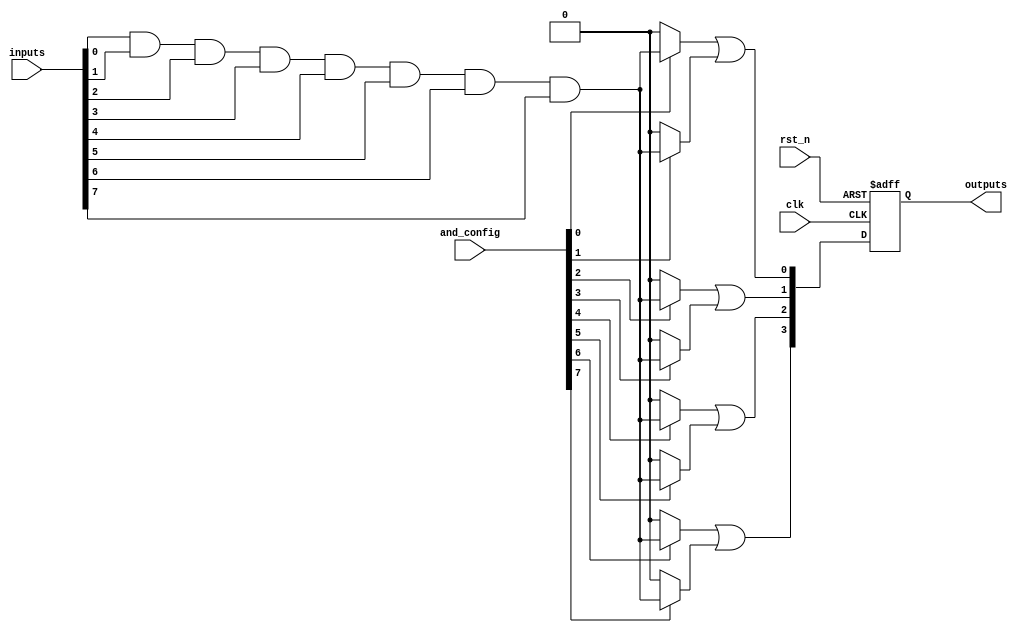
module RPAL #(
    parameter NUM_INPUTS = 8,        // Number of inputs
    parameter NUM_OUTPUTS = 4,       // Number of outputs
    parameter NUM_PRODUCT_TERMS = 8   // Number of product terms in the AND plane
)(
    input wire clk,                   // Clock signal
    input wire rst_n,                 // Asynchronous reset (active low)
    input wire [NUM_INPUTS-1:0] inputs, // Input signals
    input wire [NUM_PRODUCT_TERMS-1:0] and_config, // Configuration for AND plane
    output reg [NUM_OUTPUTS-1:0] outputs // Registered outputs
);

// Internal wires for product terms
wire [NUM_PRODUCT_TERMS-1:0] product_terms;

// Generate product terms based on AND configuration
genvar i, j;
generate
    for (i = 0; i < NUM_PRODUCT_TERMS; i = i + 1) begin : and_plane
        assign product_terms[i] = (and_config[i]) ? 
            (inputs[0] & inputs[1] & inputs[2] & inputs[3] & inputs[4] & inputs[5] & inputs[6] & inputs[7]) : 1'b0;
    end
endgenerate

// OR plane to combine product terms
wire [NUM_OUTPUTS-1:0] or_outputs;
assign or_outputs[0] = product_terms[0] | product_terms[1];
assign or_outputs[1] = product_terms[2] | product_terms[3];
assign or_outputs[2] = product_terms[4] | product_terms[5];
assign or_outputs[3] = product_terms[6] | product_terms[7];

// Register outputs on clock edge
always @(posedge clk or negedge rst_n) begin
    if (!rst_n) begin
        outputs <= 0; // Reset outputs
    end else begin
        outputs <= or_outputs; // Latch OR outputs into registers
    end
end

endmodule